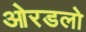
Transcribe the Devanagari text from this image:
ओरडलो